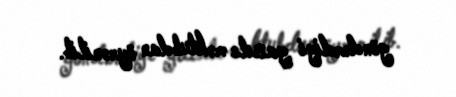
göndərdiyi yazılı məktubdan öyrənilib.